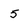
Character: 5